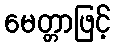
မေတ္တာဖြင့်